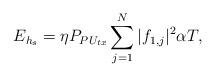
LaTeX: \begin{align*}E_{h_{s}}=\eta P_{PU_{tx}} \sum_{j=1}^{N}|f_{1,j}|^2\alpha T,\end{align*}